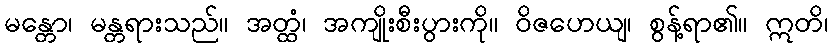
မန္တော၊ မန္တရားသည်။ အတ္ထံ၊ အကျိုးစီးပွားကို။ ဝိဇဟေယျ၊ စွန့်ရာ၏။ ဣတိ၊